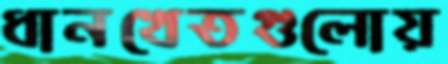
ধানখেতগুলোয়